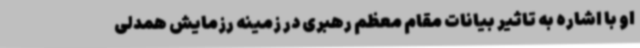
او با اشاره به تاثیر بیانات مقام معظم رهبری در زمینه رزمایش همدلی